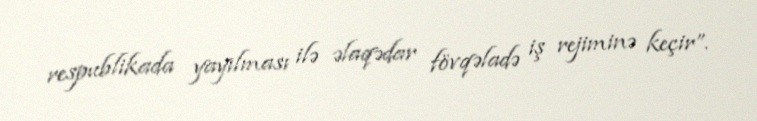
respublikada yayılması ilə əlaqədar fövqəladə iş rejiminə keçir”.